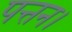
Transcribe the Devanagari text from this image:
पत्तन।